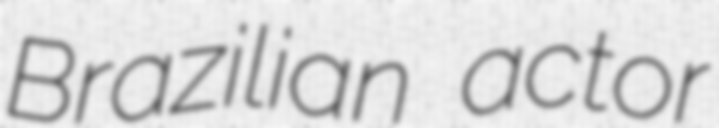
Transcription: Brazilian actor